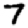
Digit: 7